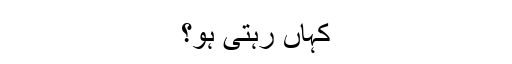
کہاں رہتی ہو؟